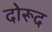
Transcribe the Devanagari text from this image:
दोरूद